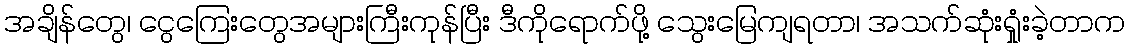
အချိန်တွေ၊ ငွေကြေးတွေအများကြီးကုန်ပြီး ဒီကိုရောက်ဖို့ သွေးမြေကျရတာ၊ အသက်ဆုံးရှုံးခဲ့တာက